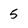
Character: 5